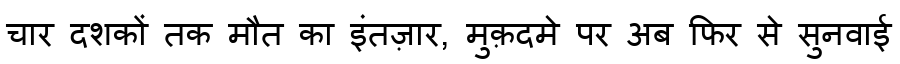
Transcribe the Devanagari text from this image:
चार दशकों तक मौत का इंतज़ार, मुक़दमे पर अब फिर से सुनवाई